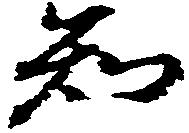
知